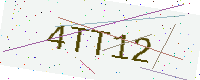
Text: 4TT12